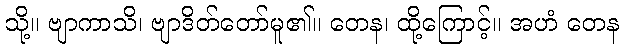
သို့။ ဗျာကာသိ၊ ဗျာဒိတ်တော်မူ၏။ တေန၊ ထို့ကြောင့်။ အဟံ တေန